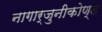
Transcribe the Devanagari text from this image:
नागार्जुनीकोण्ड